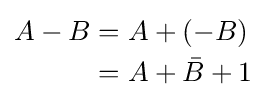
{\begin{alignedat}{2}A-B&=A+(-B)\\&=A+{\bar {B}}+1\\\end{alignedat}}